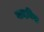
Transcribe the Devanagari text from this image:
वादविद्या